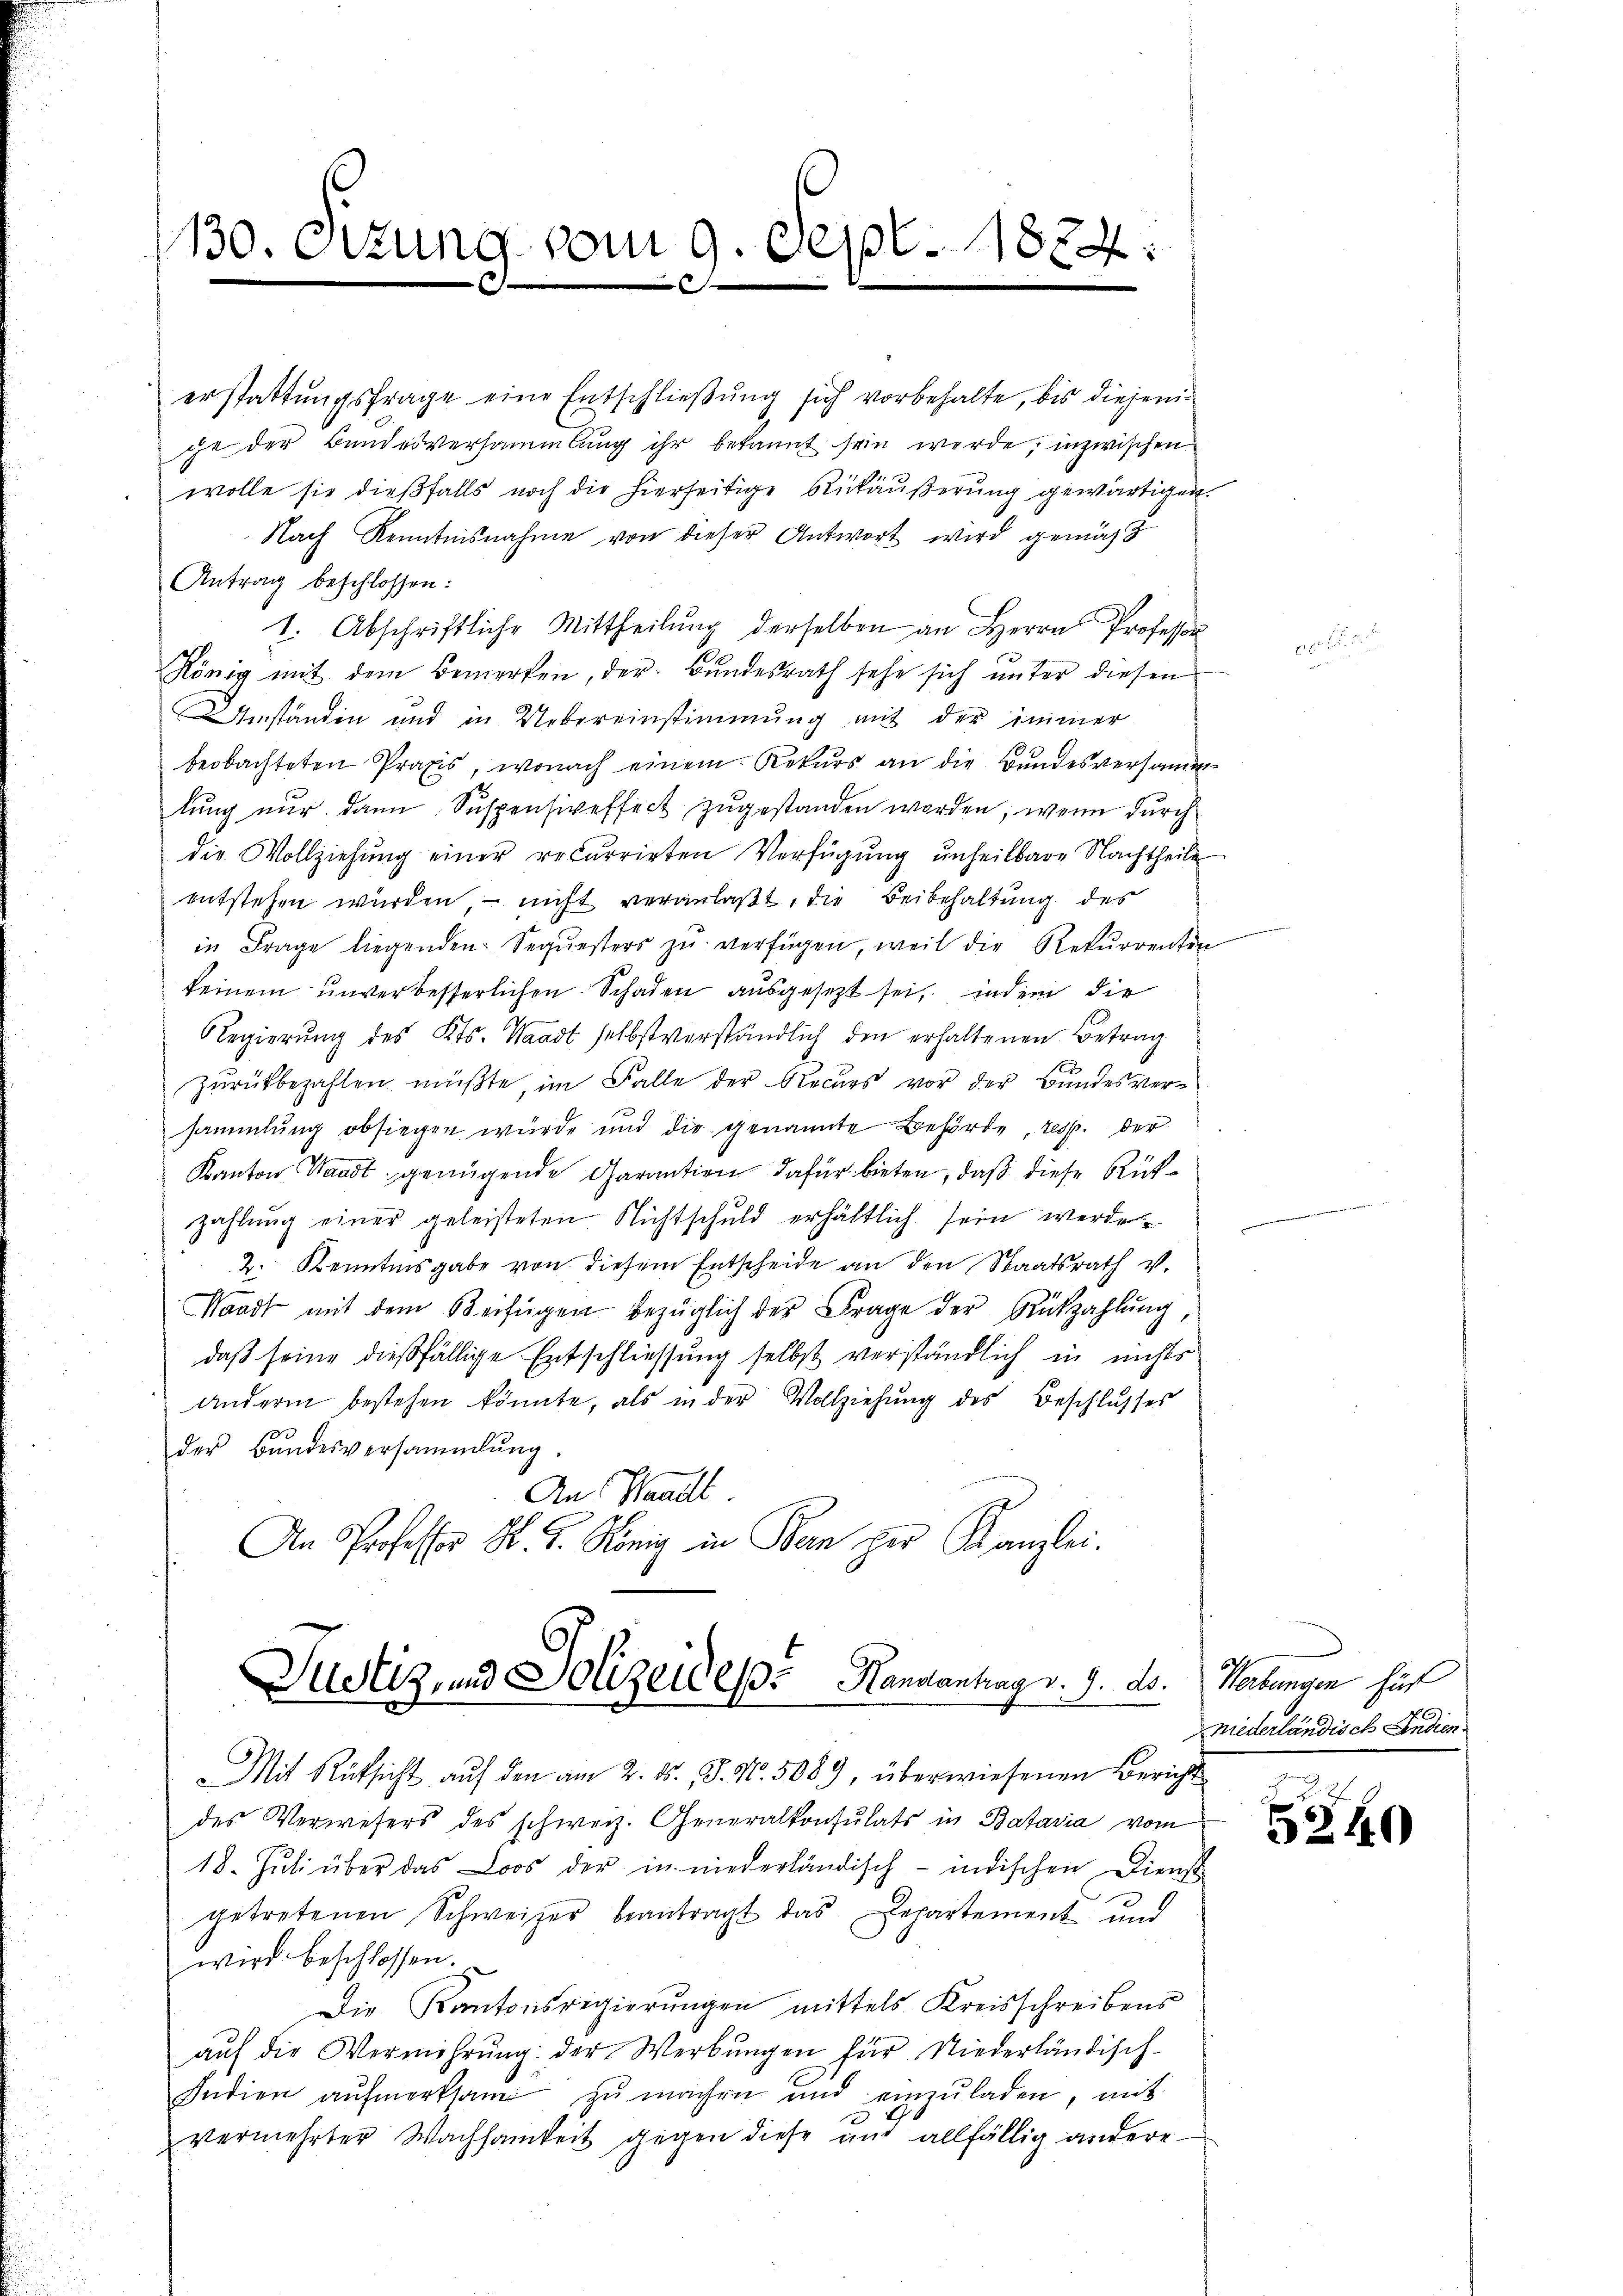
130. Sitzung vom 9. Sept. 1884.

erstattungsfrage eine Entschließung sich vorbehalte, bis diejenige der Bundesversammlung ihr bekannt sein werde, inzwischen
wolle sie dießfalls noch die hierseitige Rückäußerung gewärtigen.
Nach Kenntnisnahme von dieser Antwort wird gemäht
Antrag beschlossen:
I. Abschriftliche Mittheilung derselben an Herrn Professor
König mit dem Bemerken, der Bundesrath sehe sich unter diesen
Umständen und in Uebereinstimmung mit der immer
beobachteten Praxis, wonach einem Rekŭrs an die Bŭndesversamm-
lung nur dann Suspensiveffect zugestanden worden, wenn durch
die Vollziehung einer recurrirten Verfügung unheilbare Nachtheile
entstehen würden – nicht veranlaßt, die Beibehaltung des
in Frage liegenden Sequesters zu verfügen, weil die Rekurrenten
keinem unverbesserlichen Schaden ausgesezt sei, indem die
Regierŭng des Kts. Waadt selbstverständlich den erhaltenen Betrag
zurückbezahlen müßte, im Falle der Recurs vor der Bundesversammlung obsiegen würde und die genannte Behörde, resp. der
Kanton Waadt genügende Garantien dafür bieten, daß diese Rükzahlŭng einer geleisteten Nichtschuld erhältlich sein werde.
2. Kenntnisgabe von diesem Entscheide an den Staatsrath v.
Waadt mit dem Beifügen bezüglich der Frage der Rückzahlŭng
daß seine dießfällige Entschliessung selbst verständlich in nichts
andern bestehen könnte, als in der Vollziehung des Beschlusses
der Bundesversammlung.
An Manell
An Professor K. G. König in Bern her Kanzlei.

Justiz, und Polizeides Handantrag d. 7. ds.

Mit Rücksicht auf den am 2. ds., S. Nr. 5089, überwiesenen Bericht
des Verwesers des schweiz. Generalkonsulats in Bataria vom
18. Jŭli über das Loos der in niederländisch-indischen Dienst
getretenen Schweizer beantragt das Departement und
wird beschlossen.
Die Kantonsregierungen mittels Kreisschreibens
aŭf die Vermehrung der Werbungen für Niederländisch-
Indien aŭfmerksam zŭ machen und einzŭladen, mit
x
vermehrter Wachsamkeit gegen diese und allfällig andere

Wertungen für
niederländisch Andien

5240